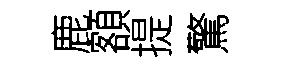
鹿額提驚